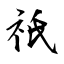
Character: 祇